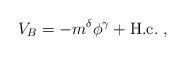
\begin{align*}V_B=- m^{\delta} \phi^{\gamma} + {\rm H.c.} \ ,\end{align*}